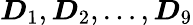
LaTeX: \boldsymbol{D}_{1},\boldsymbol{D}_{2},\dots,\boldsymbol{D}_{9}